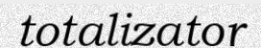
totalizator